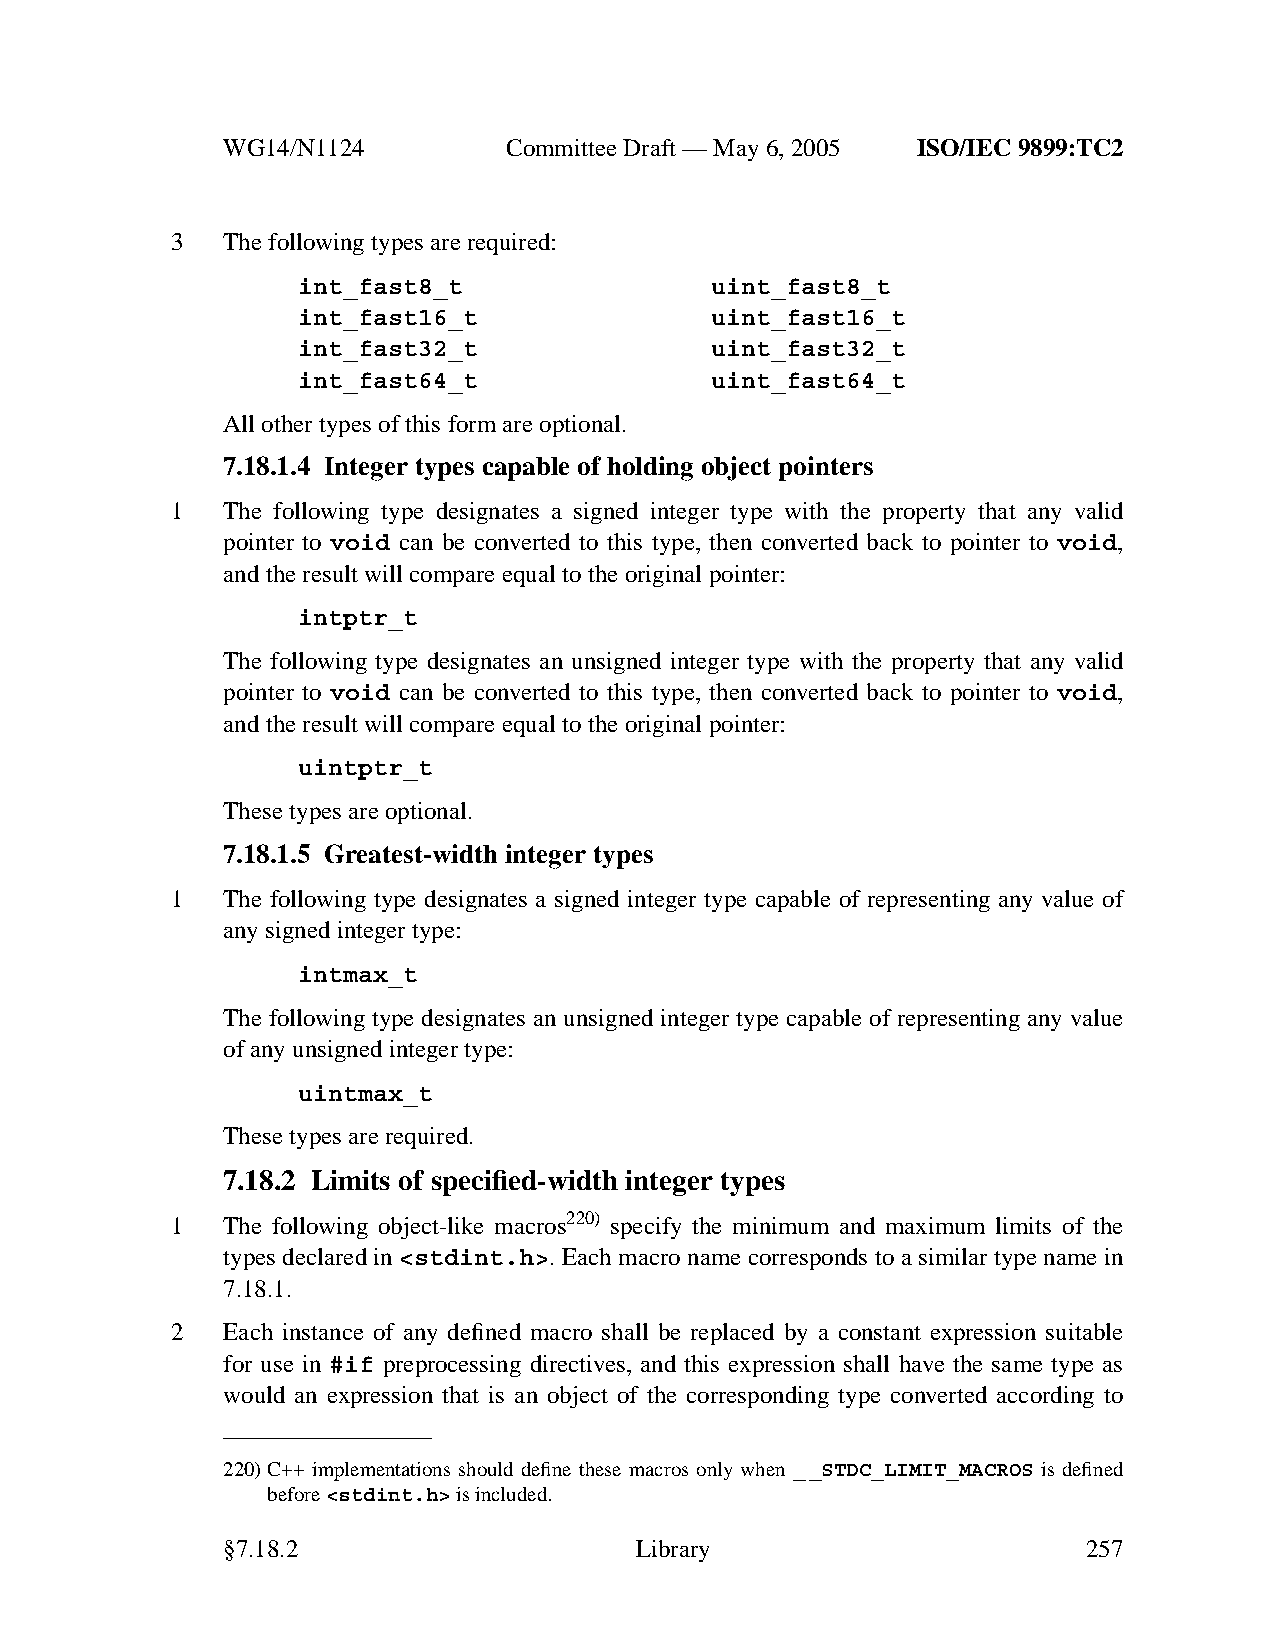
WG14/N1124        CommitteeDraft — May 6, 2005 ISO/IEC 9899:TC2
 3   The following types are required:
 int_fast8_t                uint_fast8_t
 int_fast16_t               uint_fast16_t
 int_fast32_t               uint_fast32_t
 int_fast64_t               uint_fast64_t
 All other types of this form are optional.
 7.18.1.4 Integer types capable of holding object pointers
 1   The following type designates a signed integer type with the property that any valid
 pointer to void can be converted to this type, then converted back to pointer to void,
 and the result will compare equal to the original pointer:
 intptr_t
 The following type designates an unsigned integer type with the property that any valid
 pointer to void can be converted to this type, then converted back to pointer to void,
 and the result will compare equal to the original pointer:
 uintptr_t
 These types are optional.
 7.18.1.5 Greatest-width integer types
 1   The following type designates a signed integer type capable of representing any value of
 anysigned integer type:
 intmax_t
 The following type designates an unsigned integer type capable of representing any value
 of anyunsigned integer type:
 uintmax_t
 These types are required.
 7.18.2 Limits of specified-width integer types
 1   The following object-like macros220) specify the minimum and maximum limits of the
 types declared in <stdint.h>. Each macro name corresponds to a similar type name in
 7.18.1.
 2   Each instance of any defined macro shall be replaced by a constant expression suitable
 for use in #if preprocessing directives, and this expression shall have the same type as
 would an expression that is an object of the corresponding type converted according to
 220)C++ implementations should define these macros only when __STDC_LIMIT_MACROS is defined
 before<stdint.h>is included.
 §7.18.2                    Library                       257